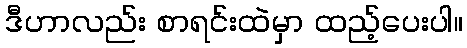
ဒီဟာလည်း စာရင်းထဲမှာ ထည့်ပေးပါ။